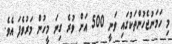
މި ހަމަނުޖެހުންތަކުގައި ވަނީ 500 އަށް ވުރެ ގިނަ މީހުން މަރުވެފަ އެވެ.